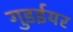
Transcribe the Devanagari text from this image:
गुडईयर